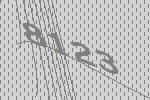
8123